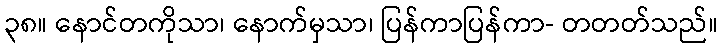
၃၈။ နောင်တကိုသာ၊ နောက်မှသာ၊ ပြန်ကာပြန်ကာ- တတတ်သည်။